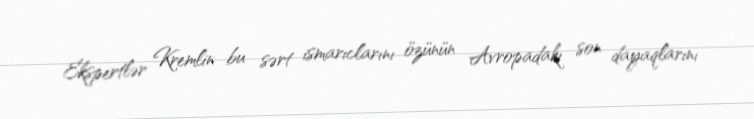
Ekspertlər Kremlin bu sərt ismarıclarını özünün Avropadakı son dayaqlarını